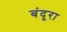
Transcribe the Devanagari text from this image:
बंदूरा